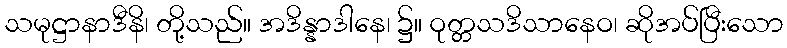
သမုဋ္ဌာနာဒီနိ၊ တို့သည်။ အဒိန္နာဒါနေ၊ ၌။ ဝုတ္တသဒိသာနေဝ၊ ဆိုအပ်ပြီးသော